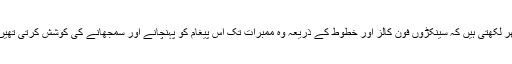
پھر لکھتی ہیں کہ سینکڑوں فون کالز اور خطوط کے ذریعہ وہ ممبرات تک اس پیغام کو پہنچانے اور سمجھانے کی کوشش کرتی تھیں ۔